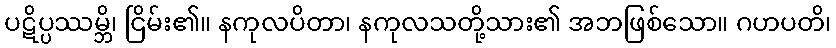
ပဋိပ္ပဿမ္ဘိ၊ ငြိမ်း၏။ နကုလပိတာ၊ နကုလသတို့သား၏ အဘဖြစ်သော။ ဂဟပတိ၊